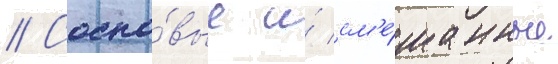
// Сосно́вые и́ см'е́шанные